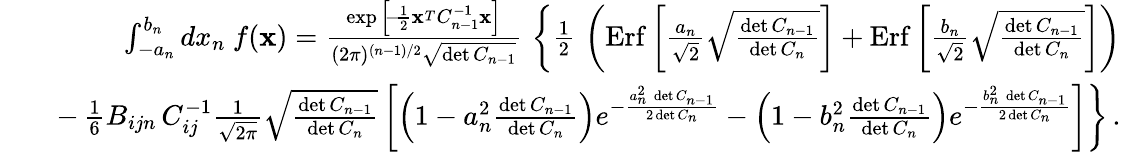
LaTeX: \begin{array}{rlr}&{}&{\int_{-a_{n}}^{b_{n}}dx_{n}\ f({\mathbf x})={\frac{\exp\Big[\! -\! {\frac{1}{2}}{\mathbf x}^{_T}C_{n-1}^{-1}{\mathbf x}\Big]}{(2\pi)^{(n-1)/2}\sqrt{\operatorname*{det}C_{n-1}}}}\, \left\{ {\frac{1}{2}}\, \left(\mathrm{Erf}\left[{\frac{a_{n}}{\sqrt 2}}\sqrt{\frac{\operatorname*{det}C_{n-1}}{\operatorname*{det}C_{n}}}\right]+\mathrm{Erf}\left[{\frac{b_{n}}{\sqrt 2}}\sqrt{\frac{\operatorname*{det}C_{n-1}}{\operatorname*{det}C_{n}}}\right]\right)\right.}\\ &{}&{-\left.{\frac{1}{6}}B_{ijn}\, C_{ij}^{-1}{\frac{1}{\sqrt{2\pi}}}\sqrt{\frac{\operatorname*{det}C_{n-1}}{\operatorname*{det}C_{n}}}\left[\left(1-a_{n}^{2}{\frac{\operatorname*{det}C_{n-1}}{\operatorname*{det}C_{n}}}\right)e^{-{\frac{a_{n}^{2}\, \operatorname*{det}C_{n-1}}{2\operatorname*{det}C_{n}}}}-\left(1-b_{n}^{2}{\frac{\operatorname*{det}C_{n-1}}{\operatorname*{det}C_{n}}}\right)e^{-{\frac{b_{n}^{2}\, \operatorname*{det}C_{n-1}}{2\operatorname*{det}C_{n}}}}\right]\right\} \, .}\end{array}